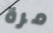
مرة